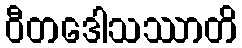
ဝီတဒေါသဿာတိ